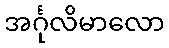
အင်္ဂုလိမာလော